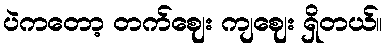
ပဲကတော့ တက်ဈေး ကျဈေး ရှိတယ်။